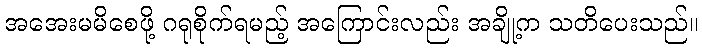
အအေးမမိစေဖို့ ဂရုစိုက်ရမည့် အကြောင်းလည်း အချို့က သတိပေးသည်။